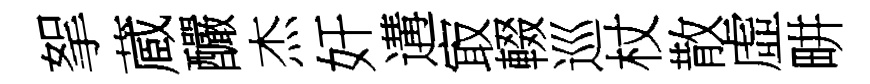
挐蔵釅杰奸遘㝡輟巡杖散虛畊